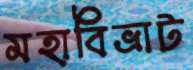
মহাবিভ্রাট